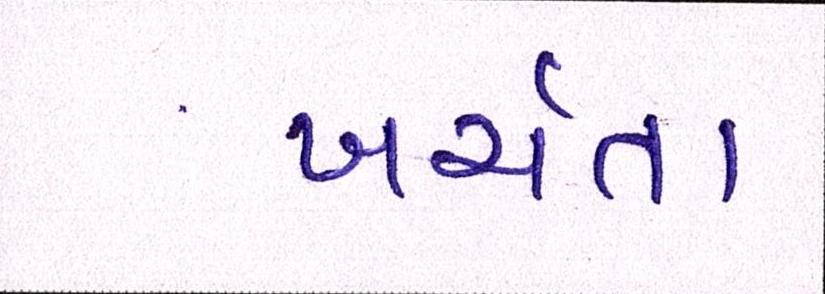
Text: ખર્ચતા